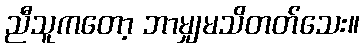
ညီသူကတော့ ဘာမျှမသိတတ်သေး။